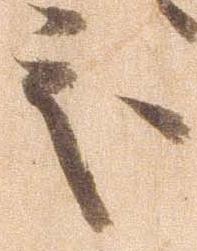
処